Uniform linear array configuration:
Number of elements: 48
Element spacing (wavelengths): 0.25
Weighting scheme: hamming
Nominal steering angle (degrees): -30
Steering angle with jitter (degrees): -28.942
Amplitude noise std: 0.05
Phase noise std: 0.05

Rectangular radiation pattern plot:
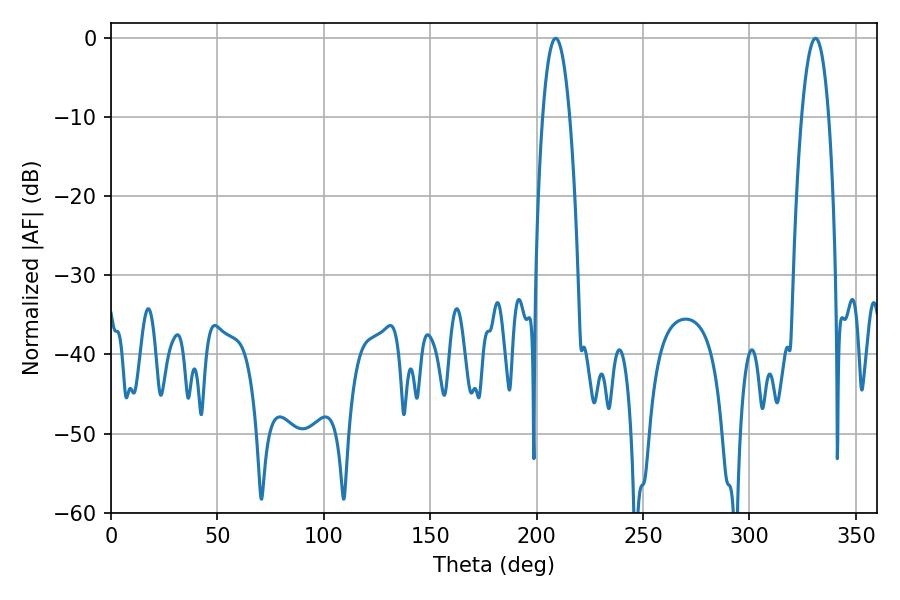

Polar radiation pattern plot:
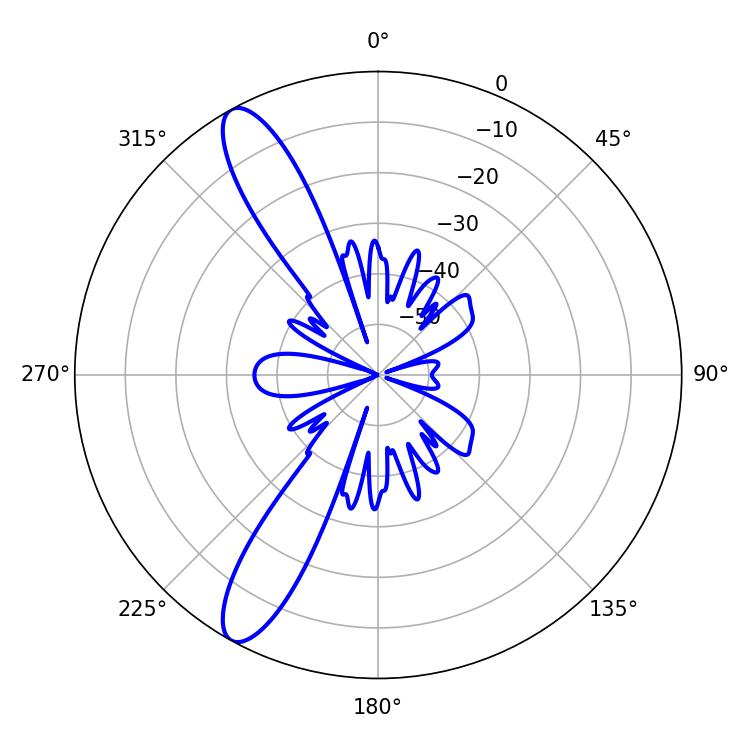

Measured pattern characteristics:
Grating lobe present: FALSE
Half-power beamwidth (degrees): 7.02
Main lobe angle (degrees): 208.98